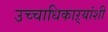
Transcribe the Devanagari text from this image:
उच्चाधिकाऱ्यांशी